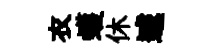
衣蠖休遽